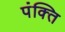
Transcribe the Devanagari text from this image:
पंक्‍ति